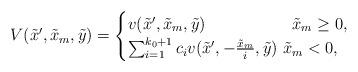
LaTeX: \begin{align*} V(\tilde{x}',\tilde{x}_m,\tilde{y})=\begin{cases}v(\tilde{x}',\tilde{x}_m,\tilde{y})\ \ \ \ \ \ \ \ \ \ \ \ \ \ \ \ \tilde x_m \ge 0,\\\sum^{k_0+1}_{i=1}c_iv(\tilde{x}',-\frac{\tilde{x}_m}{i},\tilde{y})\ \tilde{x}_m<0,\end{cases}\end{align*}